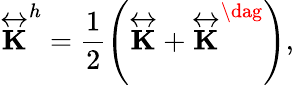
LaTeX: \overleftrightarrow{\mathbf{K}}^{h}=\frac{1}{2}\left(\overleftrightarrow{\mathbf{K}}+\overleftrightarrow{\mathbf{K}}^{\dag}\right),